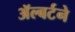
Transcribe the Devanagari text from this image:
ॲल्बर्टने